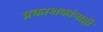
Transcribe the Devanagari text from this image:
प्रकाशकांनाही